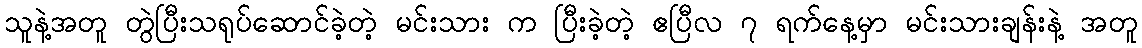
သူနဲ့အတူ တွဲပြီးသရုပ်ဆောင်ခဲ့တဲ့ မင်းသား က ပြီးခဲ့တဲ့ ဧပြီလ ၇ ရက်နေ့မှာ မင်းသားချန်းနဲ့ အတူ